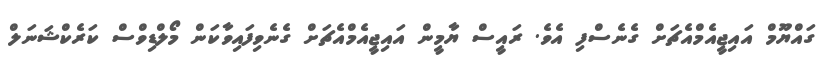
ގައްޔޫމް އައިޖީއެމްއެޗަށް ގެނެސްފި އެވެ. ރައީސް ޔާމީން އައިޖީއެމްއެޗަށް ގެނެވިފައިވާކަން މޯލްޑިވްސް ކަރެކްޝަނަލް